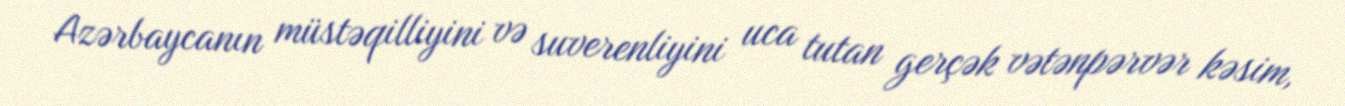
Azərbaycanın müstəqilliyini və suverenliyini uca tutan gerçək vətənpərvər kəsim,